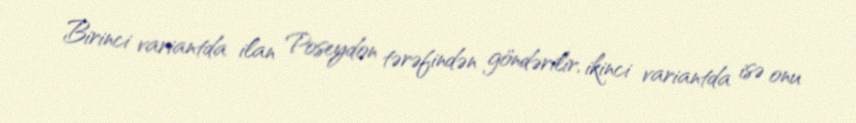
Birinci variantda ilan Poseydon tərəfindən göndərilir, ikinci variantda isə onu